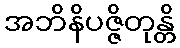
အဘိနိပဇ္ဇိတုန္တိ